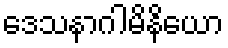
ဒေသနာဂါမိနိယော